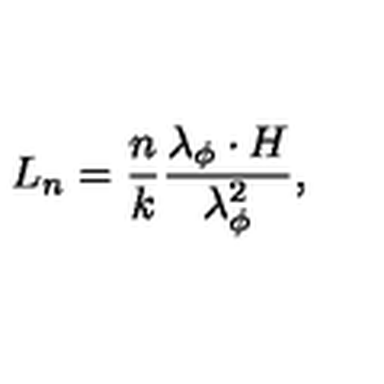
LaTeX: L _ { n } = \frac { n } { k } \frac { \lambda _ { \phi } \cdot H } { \lambda _ { \phi } ^ { 2 } } ,